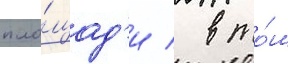
пло́щад'и / в то́м